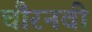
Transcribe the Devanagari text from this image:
चौरनवीं